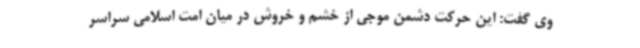
وی گفت: این حرکت دشمن موجی از خشم و خروش در میان امت اسلامی سراسر